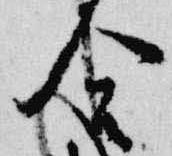
合